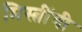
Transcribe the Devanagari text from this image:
मिस्त्रींची